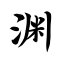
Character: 渊